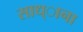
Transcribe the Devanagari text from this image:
साध्ाना